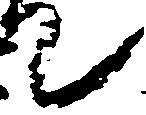
て